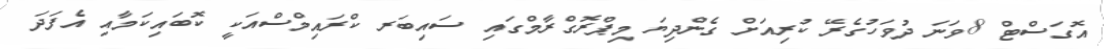
އޮގަސްޓް 8ވަނަ ދުވަހުގެރޭ ކުރިއަށް ގެންދިޔަ މިޕްރޮގްރާމްގައި ސައިބަރ ކްރައިމްސްއަކީ ކޮބައިކަމާއި އެފަދަ